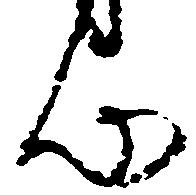
志